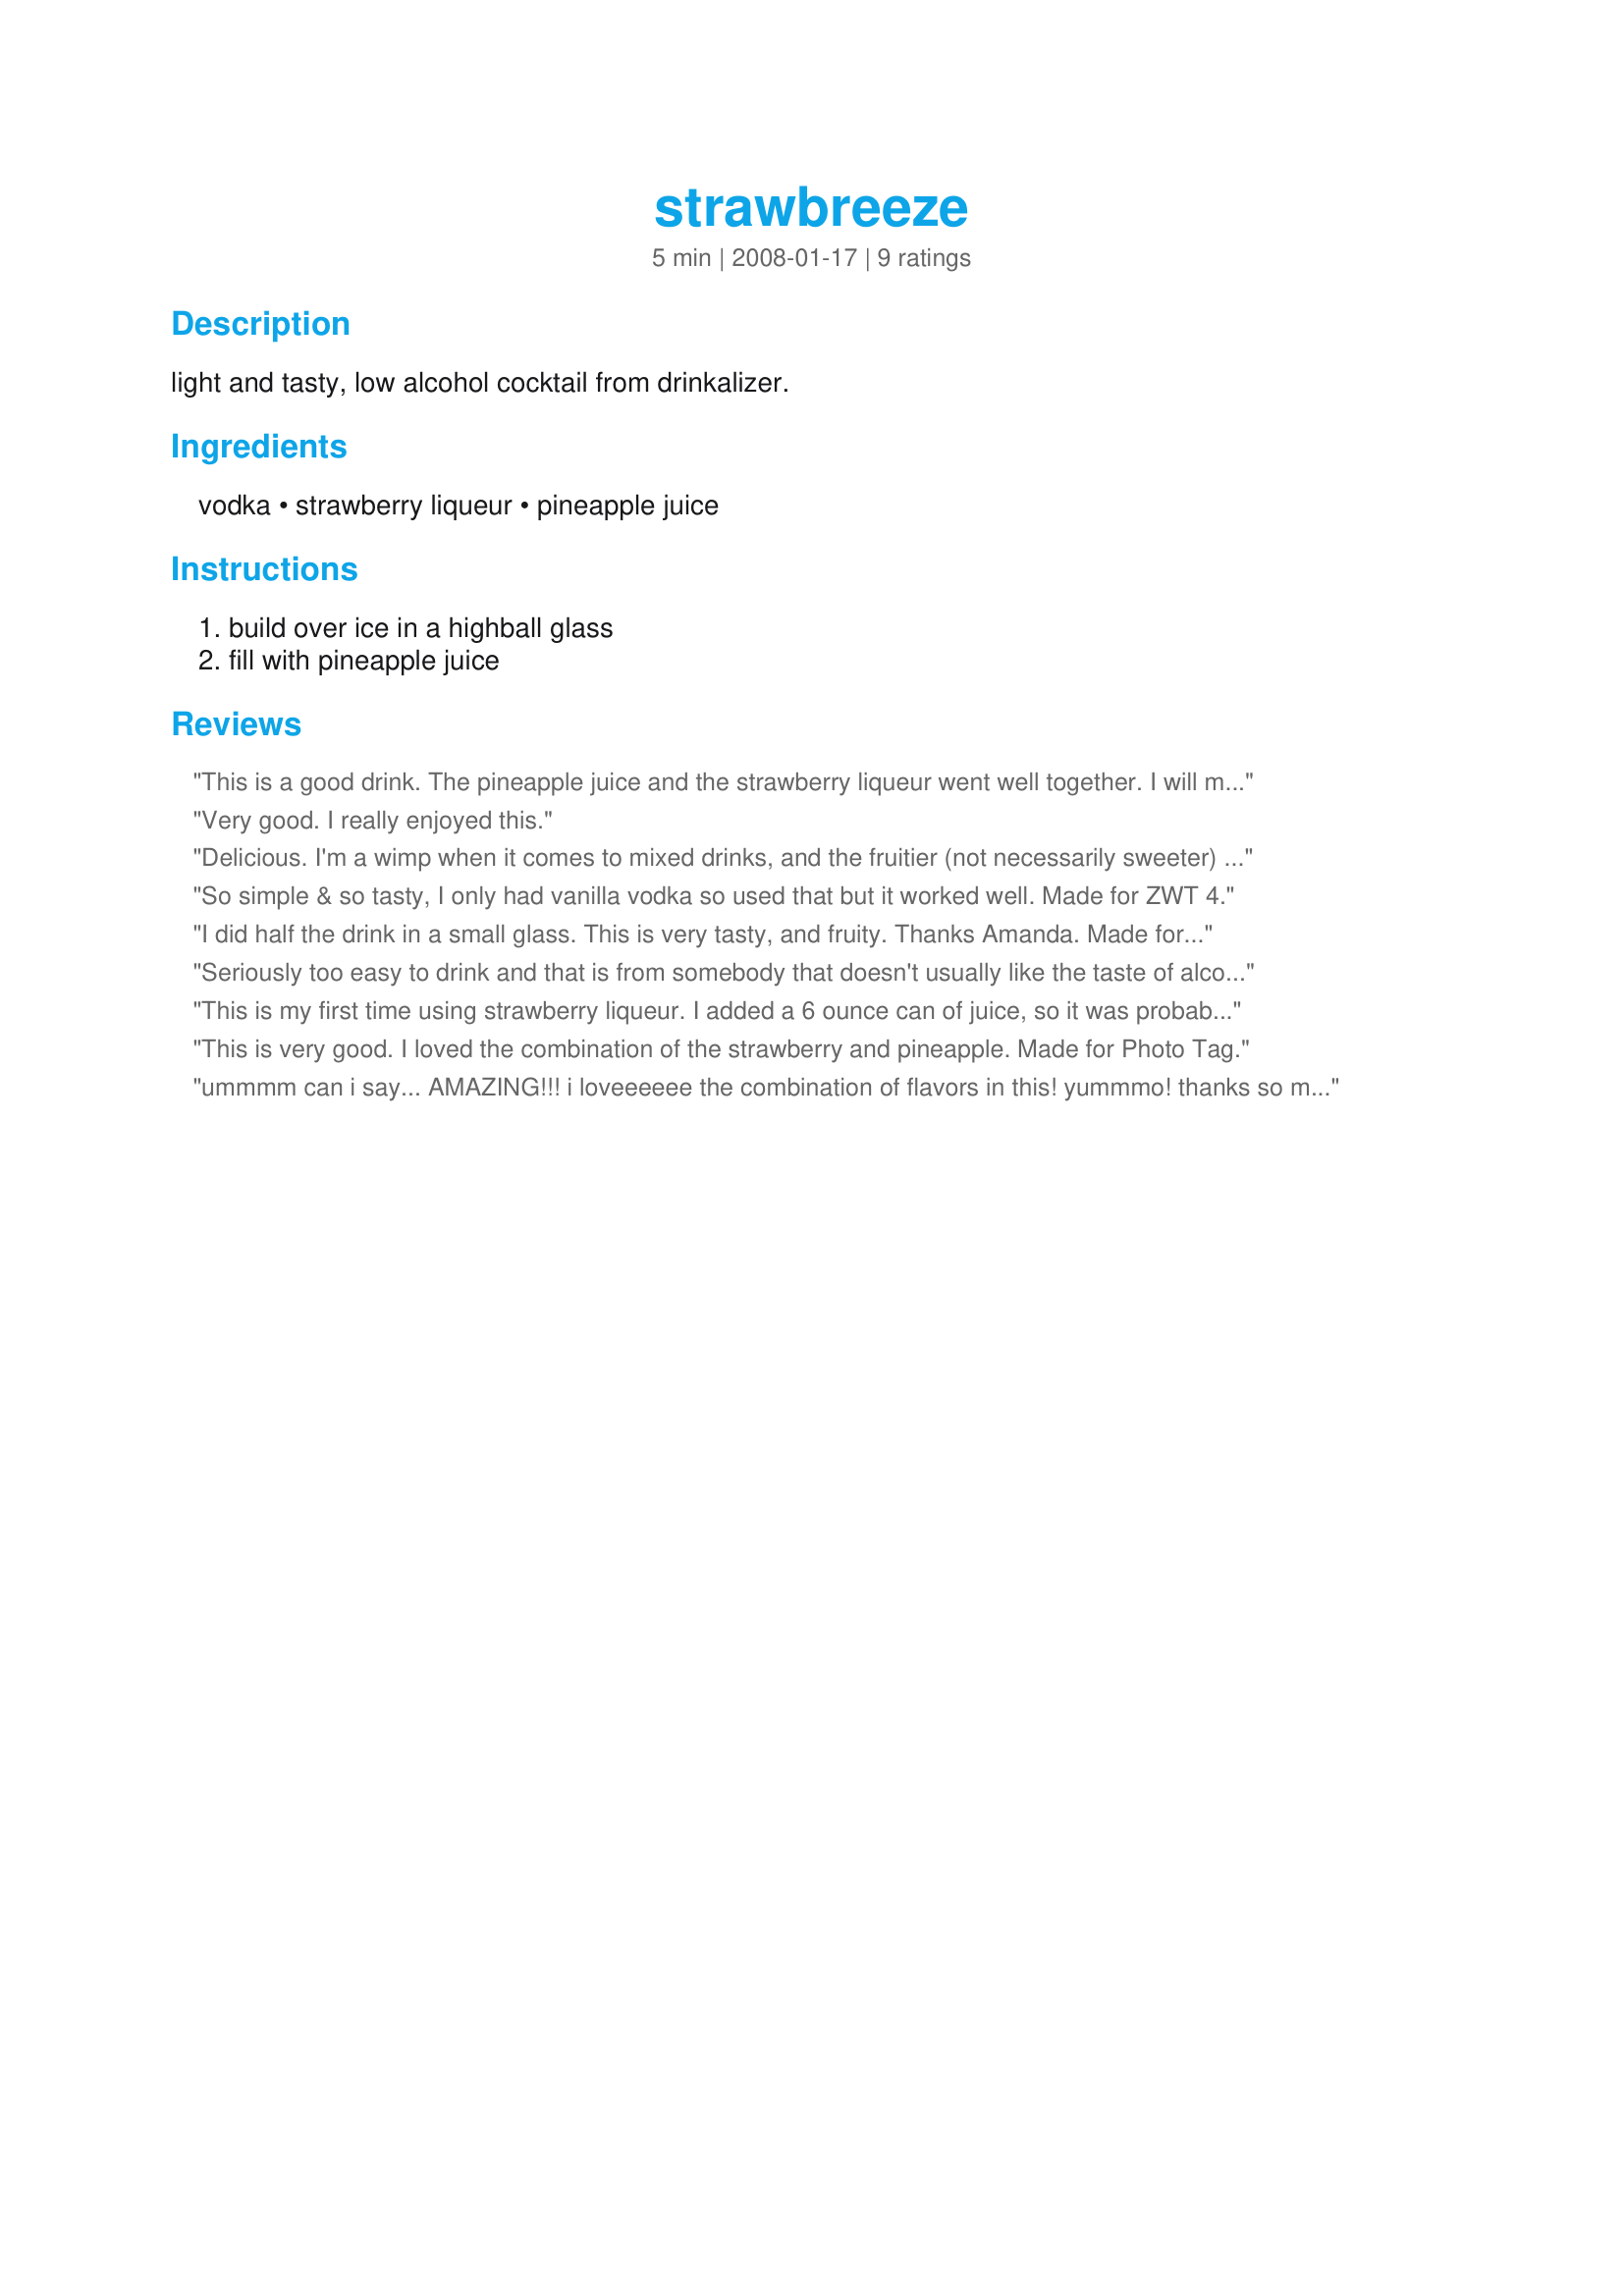
strawbreeze
Preparation time: 5 minutes

light and tasty, low alcohol cocktail from drinkalizer.

Ingredients:
vodka, strawberry liqueur, pineapple juice

Steps:
build over ice in a highball glass, fill with pineapple juice

Reviews:
This is a good drink. The pineapple juice and the strawberry liqueur went well together. I will make this drink again Thanks for sharing your recipe Amanda. Made for ZWT 4 and the Cafe ZMAKK Gypsies.
Very good. I really enjoyed this.
Delicious. I'm a wimp when it comes to mixed drinks, and the fruitier (not necessarily sweeter) the better for me - usually. Loved this as it was so light and fresh-tasting. Thanks.
So simple & so tasty, I only had vanilla vodka so used that but it worked well. Made for ZWT 4.
I did half the drink in a small glass. This is very tasty, and fruity. Thanks Amanda. Made for the Babes of ZWT4
Seriously too easy to drink and that is from somebody that doesn't usually like the taste of alcohol. I also made one with rum instead of vodka and that was as good. Made for ZWT4.
This is my first time using strawberry liqueur. I added a 6 ounce can of juice, so it was probably on the weak side but that is the way I like my drinks. Strawberry and pineapple went well together and I really did not taste the vodka. Made for *ZWT4* 2008 game for the *Family Pick Round* I'm playing for *Tastebud Tickling Travellers*
This is very good. I loved the combination of the strawberry and pineapple. Made for Photo Tag.
ummmm can i say... AMAZING!!! i loveeeeee the combination of flavors in this! yummmo! thanks so much! this'll be a big hit with the girls!
